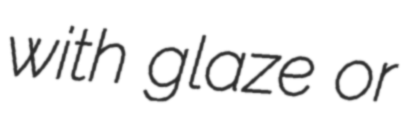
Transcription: with glaze or